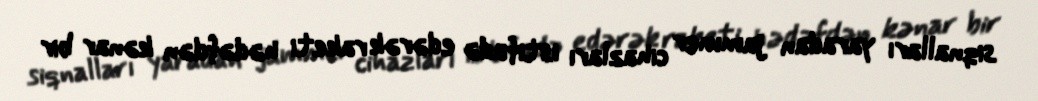
siqnalları yaradan jammer cihazları istifadə edərək raketi hədəfdən kənar bir